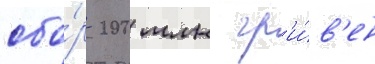
сбо́р 200 млн гр'и́в'ен